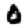
Digit: 0